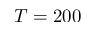
T = 2 0 0